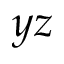
y z